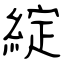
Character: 綻